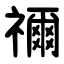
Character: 禰